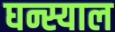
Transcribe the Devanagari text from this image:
घन्स्याल